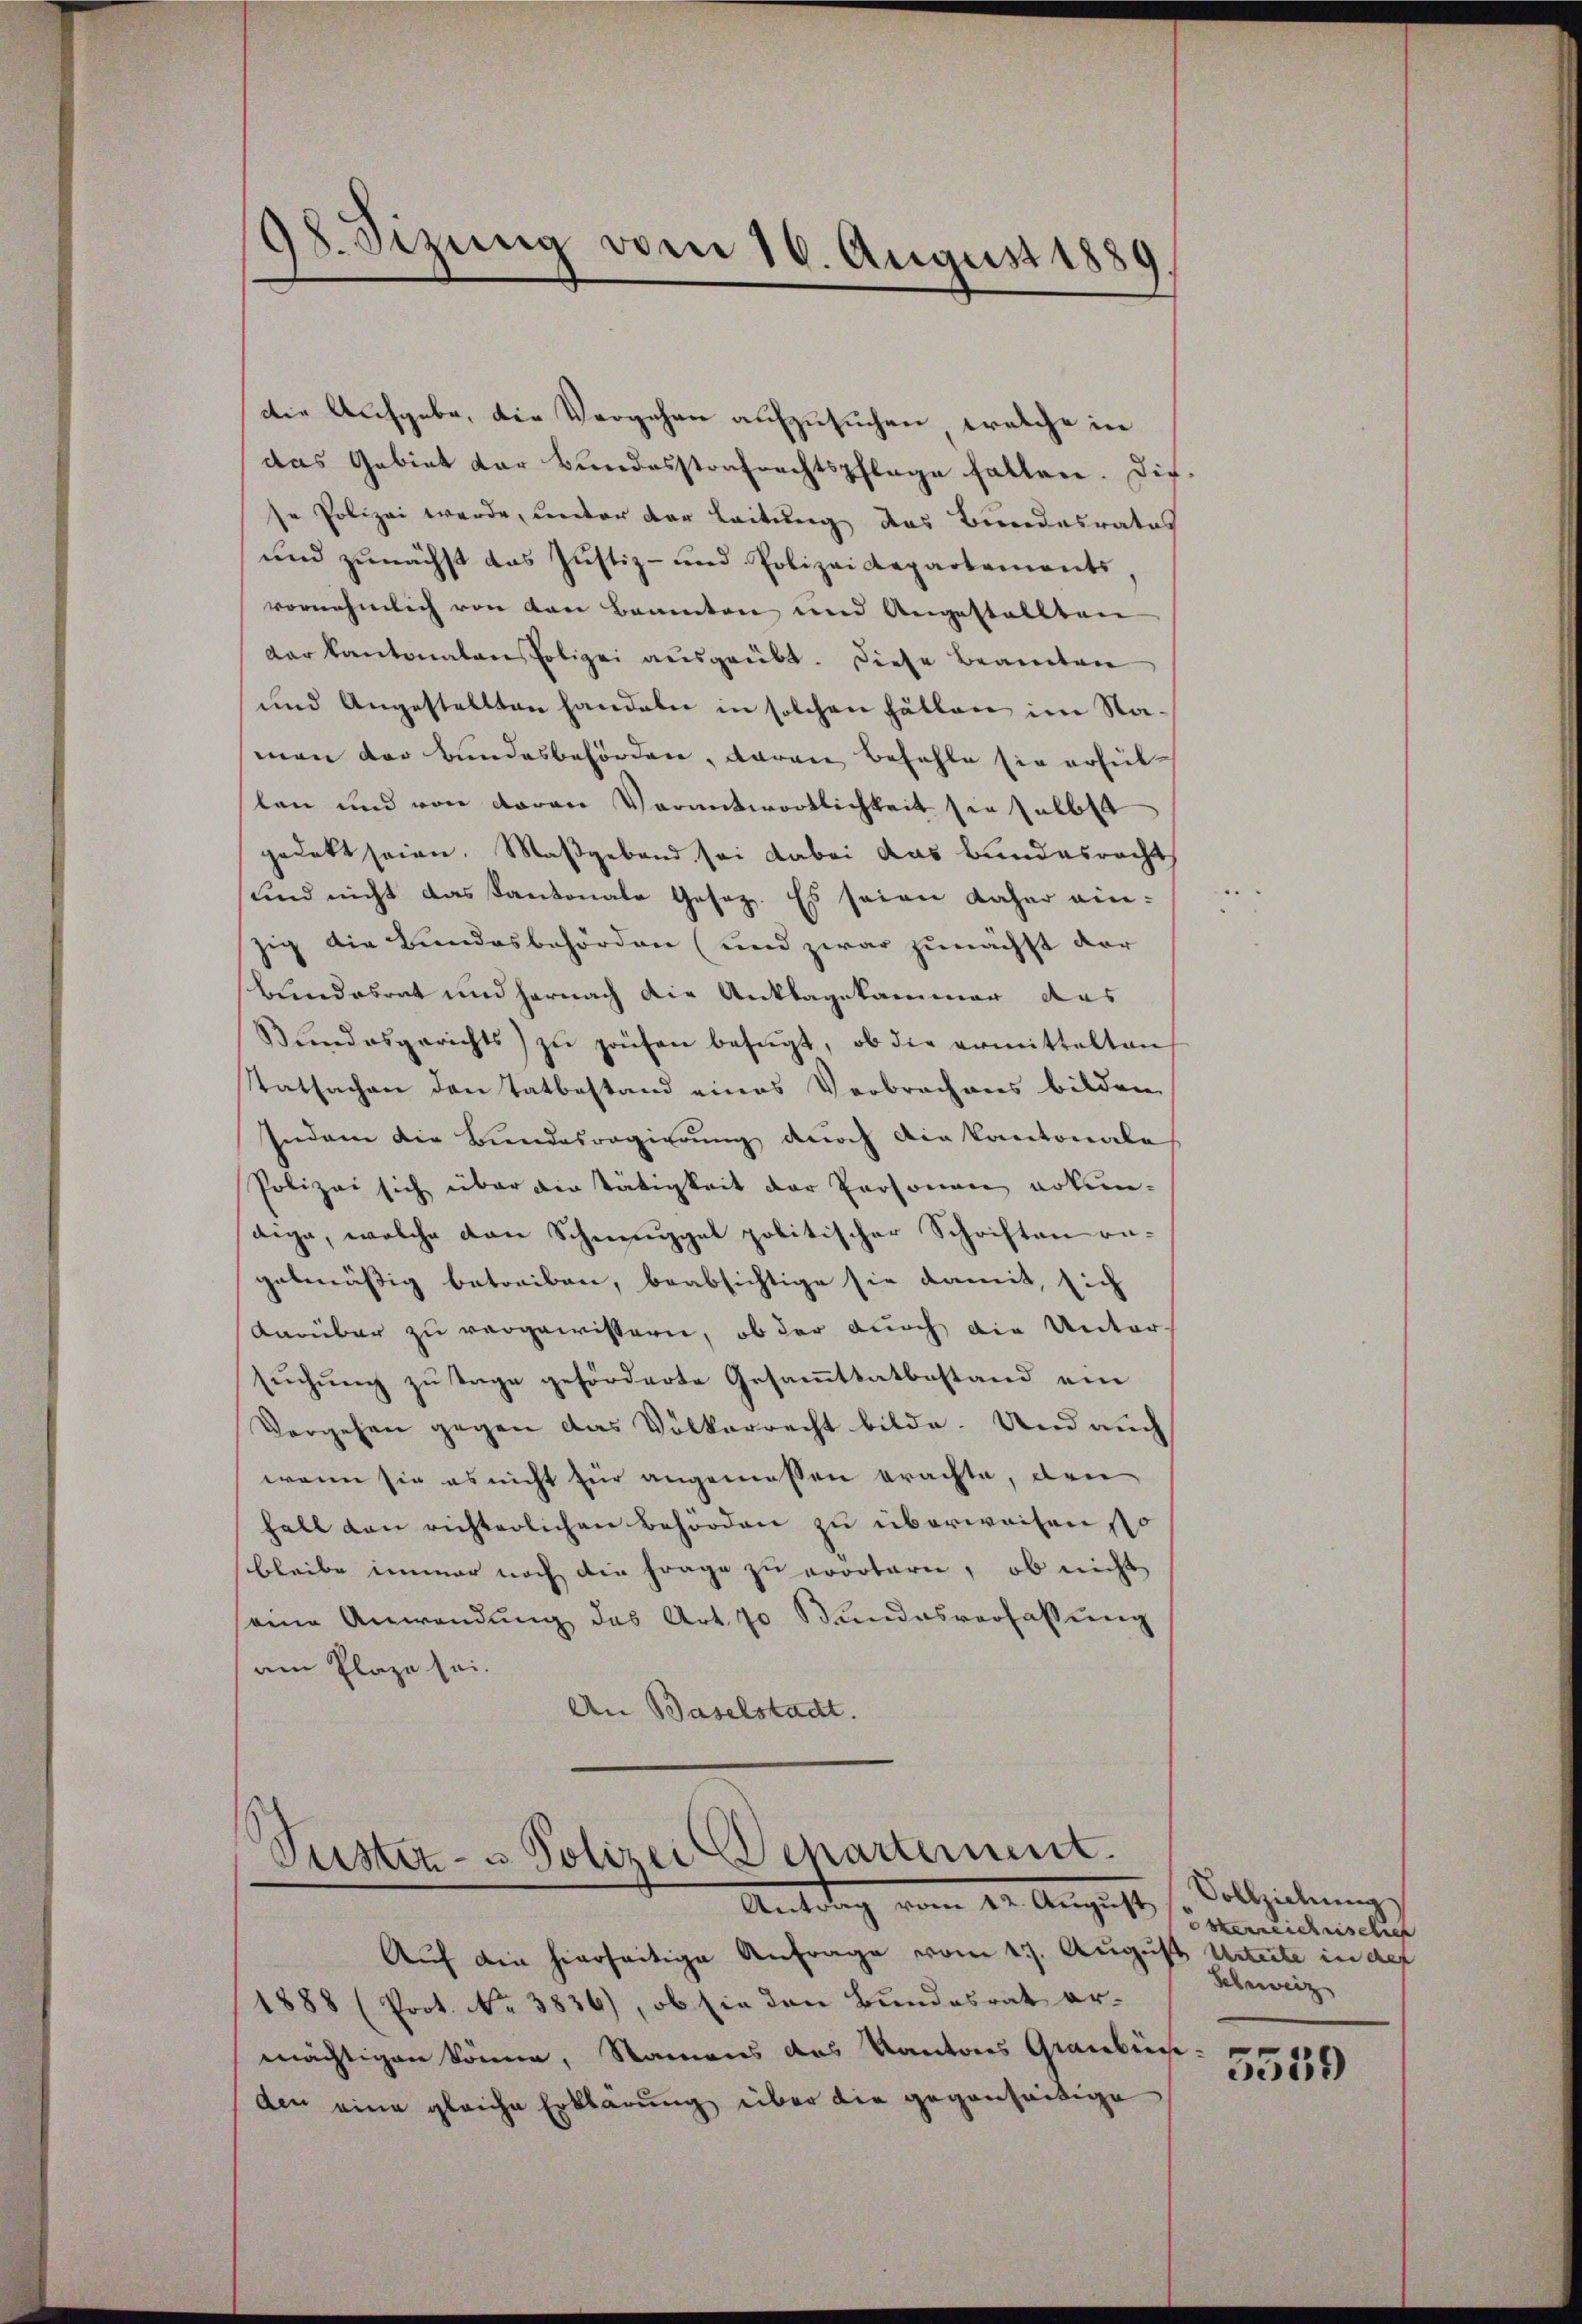
38. Sizung vom 16. August 1889

die Ausgabe, die Vergehen aufzusuchen, welche in
das Gebiet der Bundesstrafrechtspflege halten. Die
se Polizei werde, unter der Leitung das Bundesrates
und zunächst das Justiz- und Polizeidepartements,
vornehmlich von den Baumten und Angestallten
der kantonalen Polizei ausgeübt. Diese Beamten
und Angestellten handeln in solchen Fällen im Naman der Bundesbehördere, daran befehle sie erfüllan und von daran Verantwortlichkeit sie selbst
gedekt seien. Maßgeband sei dabei das Bundesrecht
und nicht das Kantonale Gesez. Es seien daher ein-
zig die Bundesbehörden (und zwar zunächst der
Bundesrat und hernach die Anklagekammer das
Bŭndesgerichts zŭ prüfen befŭgt, ob die ermittelten
Statsachen den Tatbestand eines Verbrachens bilden
Indem die Bundesregierung durch die kantonale
Polizei sich über die Tätigkeit der Personen erkun-
dige, welche den Schneegel politischer Schriften re-
gebenäßig betreiben, beabsichtige sie damit, sich
darüber zu vorgewissern, ob der durch die Unter-
sŭchŭng zŭ tage geförderte Gesaṁttatbestand ein
Vorgehen gegen das Völkerrecht bilde. Und auch
wenn sie es nicht für angemessen brachte, den
halt den richterlichen Behörden zu überweisen, so
bleibe immer noch die Frage zu erörtern, ob nicht
eine Anwendung das Art. 70 Kundesverfassung
am Plaze sei.
An Baselstadt.

Justiz- u Polizei Departement.
Antrag vom 22. Aug. 1

Auf die hierseitige Anfrage vom 17. August Urterte in def
1888 (Prot. No. 3836), ob sie den Bundesrat er-
mächtigen könne, Namens das Kantons Graubünden eine gleiche Erklärung über die gegenseitige

Vollziehung
osterreichnische
Schreiz

5539